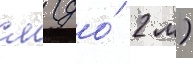
см (до́ 2 м)